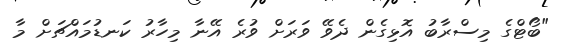
"ބޯޓްގެ މިސްރާބު އޮޅިގެން ދެވޭ ވަރަށް ވުރެ އޭނާ މިހާރު ކަނޑުމައްޗަށް މާ